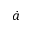
\dot { a }